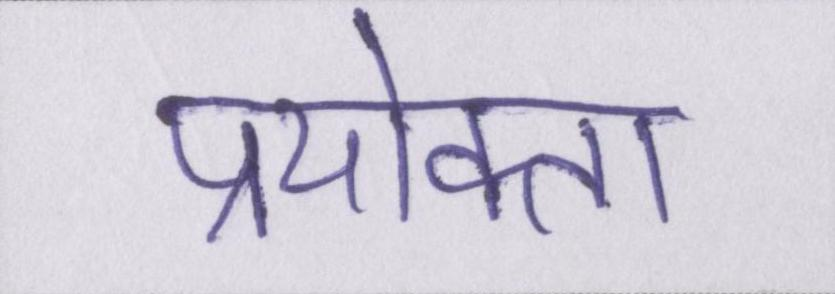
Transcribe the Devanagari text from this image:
प्रयोक्ता